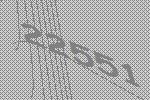
22551